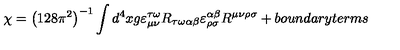
\chi = \left( 1 2 8 \pi ^ { 2 } \right) ^ { - 1 } \int d ^ { 4 } x g \varepsilon _ { \mu \nu } ^ { \tau \omega } R _ { \tau \omega \alpha \beta } \varepsilon _ { \rho \sigma } ^ { \alpha \beta } R ^ { \mu \nu \rho \sigma } + b o u n d a r y t e r m s